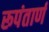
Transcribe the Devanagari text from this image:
रूपंतार्ण